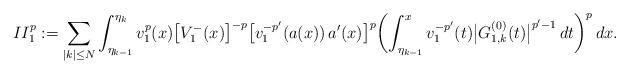
LaTeX: \begin{align*}II_1^p:=\sum_{|k|\le N}\int_{\eta_{k-1}}^{\eta_k} v_1^{p}(x)\bigl[V_1^-(x)\bigr]^{-p}\bigl[v_1^{-p'}(a(x))\,a'(x)\bigr]^p \biggl(\int_{\eta_{k-1}}^x v_1^{-p'}(t) \bigl|G^{(0)}_{1,k}(t)\bigr|^{p'-1}\,dt\biggr)^p\,dx.\end{align*}